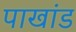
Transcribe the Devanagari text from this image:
पाखांड